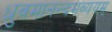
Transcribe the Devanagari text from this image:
ध्रुवमानन्दमव्ययम्